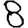
Digit: 8